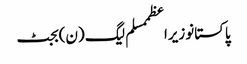
پاکستانوزیراعظممسلم لیگ (ن)بجٹ